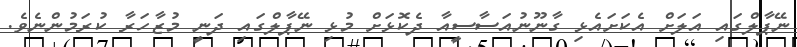
ނޭޕާލްގައި އަލަށް އެކަށައެޅި ގާނޫނުއަސާސީއާ ދެކޮޅަށް މުޅި ނޭޕާލްގައި ދަނީ މުޒާހަރާ ކުރަމުންނެވެ.